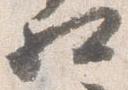
相